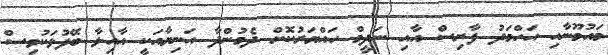
މައުމޫނާއި އަހްމަދު ފާރިސް އާއި ނަދީމް ހައްޔަރުކޮށް ދެމުންދާ އަނިޔާއަކީ އާއިލާ ބޭފުޅަކުވިސް